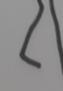
Signature authenticity: forged